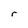
Character: r